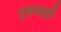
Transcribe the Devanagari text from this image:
गृहस्थही